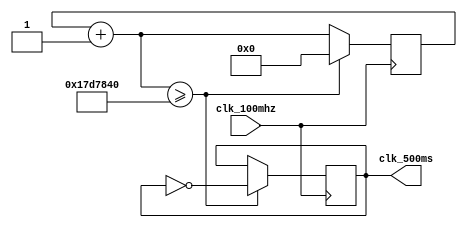

`ifndef _clk_500ms
`define _clk_500ms

module clk_500ms(
    clk_100mhz,
    clk_500ms
);
    input wire clk_100mhz;
    output reg clk_500ms;

    reg [27:0]counter;

    initial begin
        counter = 0;
        clk_500ms = 0;
    end

    always @(posedge clk_100mhz) begin
        counter = counter + 1;
        if (counter >= 25000000) begin
            clk_500ms = ~clk_500ms;
            counter = 0;
        end
    end

endmodule // clk_500ms

`endif